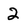
Character: 2